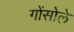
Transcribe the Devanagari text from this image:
गोंसोले